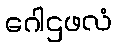
ဂေါဌဖလံ